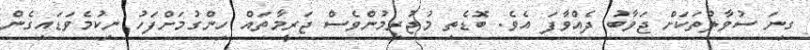
ގިނަ ސުވާލުތަކަށް ޖަވާބު ދެއްވާފަ އެވެ. ބޮޑެތި މުޖުރިމުންވެސް ޖަރީމާތައް ހިންގުމަށްފަހު ނިކުމެވަޑައިގެން